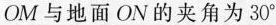
OM与地面ON的夹角为30°